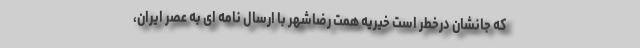
که جانشان درخطر است خیریه همت رضاشهر با ارسال نامه ای به عصر ایران،